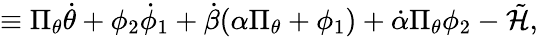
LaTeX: \equiv\Pi_{\theta}\dot{\theta}+\phi_{2}\dot{\phi}_{1}+\dot{\beta}(\alpha\Pi_{\theta}+\phi_{1})+\dot{\alpha}\Pi_{\theta}\phi_{2}-\tilde{\cal H},